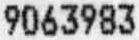
9063983